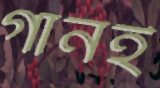
গানই